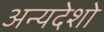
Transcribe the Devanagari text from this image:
अन्यदेशो